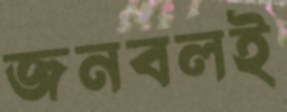
জনবলই